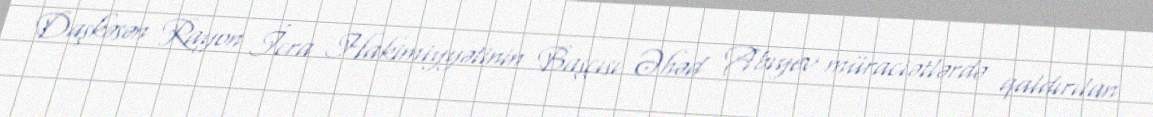
Daşkəsən Rayon İcra Hakimiyyətinin Başçısı Əhəd Abıyev müraciətlərdə qaldırılan